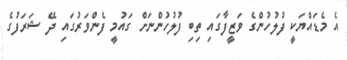
އެ މެޑައްޔަކީ ފުލުހުންގެ ވަޒީފާގައި ތިބި ފުލުހުންނަށް ގައުމީ ފެންވަރުގައި ދޭ ޝަރަފުގެ